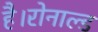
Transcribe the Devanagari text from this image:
है।रोनाल्ड